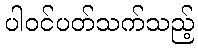
ပါဝင်ပတ်သက်သည့်